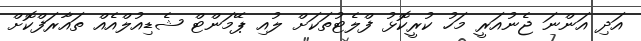
އަދި އަންނަ ޖެނުއަރީ މަހު ކުރީކޮޅު ފްލެޓުތަކަށް ލުއި ޕޭމަންޓް ޝެޑިއުލްއެއް ތައާރަފްކޮށް